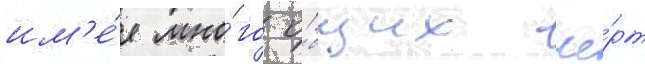
им'е́я мно́го о́бщих че́рт